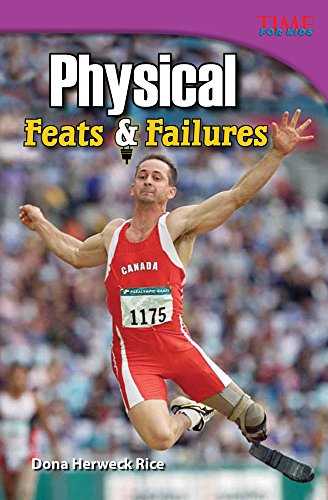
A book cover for Physical Feats & Failures (Time for Kids Nonfiction Readers: Level 4.9); Dona Rice; Children's Books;